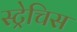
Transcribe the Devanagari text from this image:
स्ट्रेचिस